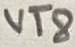
Text: VT8